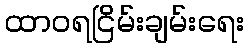
ထာဝရငြိမ်းချမ်းရေး